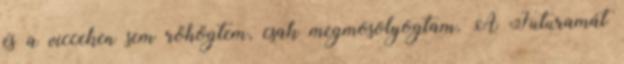
és a vicceken sem röhögtem, csak megmosolyogtam. A Futuramát